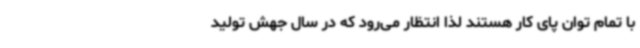
با تمام توان پای کار هستند لذا انتظار می‌رود که در سال جهش تولید